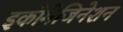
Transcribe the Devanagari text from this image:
इकोमैजिनेशन